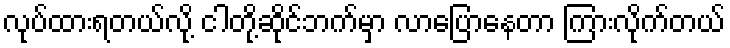
လုပ်ထားရတယ်လို့ ငါတို့ဆိုင်ဘက်မှာ လာပြောနေတာ ကြားလိုက်တယ်